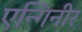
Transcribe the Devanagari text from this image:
एन्गिनीर